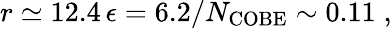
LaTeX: r\simeq 12.4\, \epsilon=6.2/N_{\mathrm{COBE}}\sim 0.11\; ,